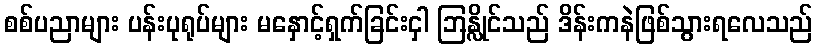
စစ်ပညာများ ပန်းပုရုပ်များ မနှောင့်ရှက်ခြင်းငှါ ဘြန္လိုင်သည် ဒိန်းကနဲဖြစ်သွားရလေသည်